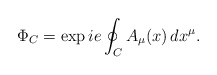
\begin{align*}\Phi_C = \exp ie \oint_C A_\mu(x)\, dx^\mu.\end{align*}